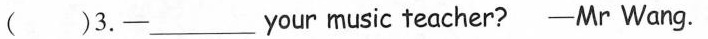
( )3.-___your music teacher? -Mr Wang.